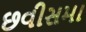
છવીસમા